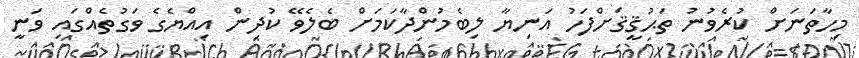
މިހާތަނަށް ކުރެވުނު ތަޙުޤީޤަށްފަހު އަނިޔާ ލިބެމުންދާކަމަށް ބެލެވޭ ކުދިން އިއްޔެގެ ވަގުތެއްގައި ވަނީ